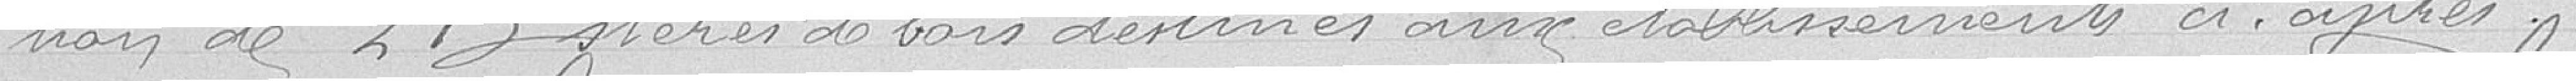
tion de 213 stères de bois destinés aux établissements ci-après